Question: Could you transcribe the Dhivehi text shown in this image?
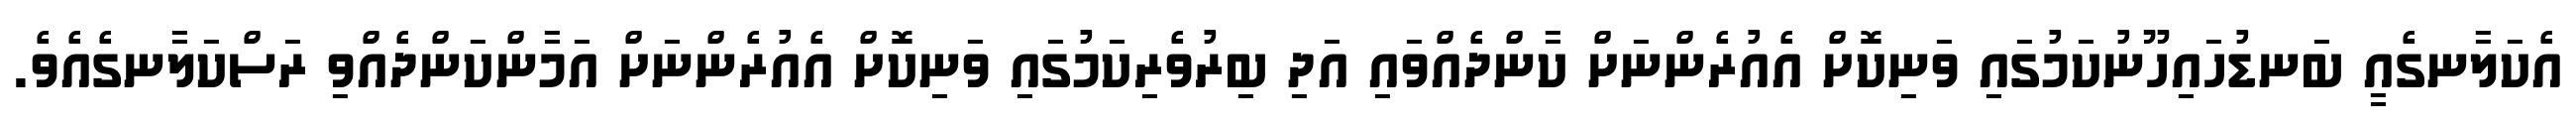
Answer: އެކަލާނގެއީ ބަނޑުހައިހޫނުކަމުގައި ވަނިކޮށް އެއުރެންނަށް ކާންދެއްވައި އަދި ބިރުވެރިކަމުގައި ވަނިކޮށް އެއުރެންނަށް އަމާންކަންދެއްވި ރަސްކަލާނގެއެވެ.